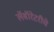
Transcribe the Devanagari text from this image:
लॅबॉरेटरीचे